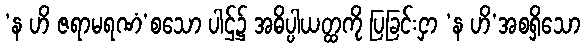
‘န ဟိ ဇရာမရဏံ’စသော ပါဌ်၌ အဓိပ္ပါယတ္ထကို ပြခြင်းငှာ ‘န ဟိ’အစရှိသော